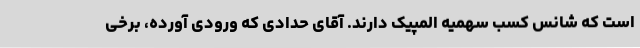
است که شانس کسب سهمیه المپیک دارند. آقای حدادی که ورودی آورده، برخی